Scottish Leaving Certificate Examination, 1952
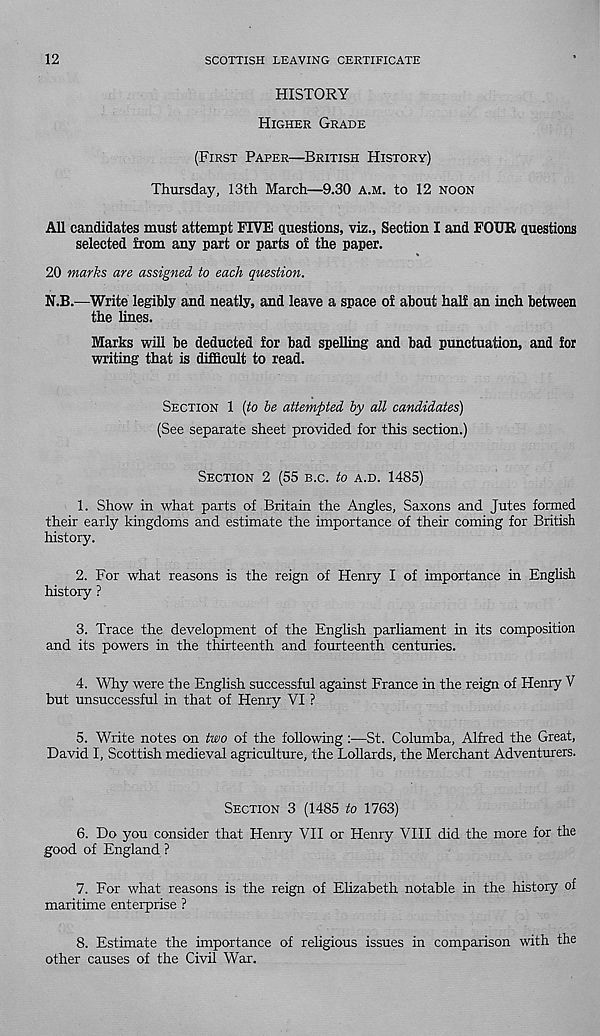
12
SCOTTISH LEAVING CERTIFICATE
HISTORY
HIGHER GRADE
(FIRST PAPER—BRITISH HISTORY)
Thursday, 13th March—9.30 A.M. to 12 NOON
All candidates must attempt FIVE questions, viz., Section I and FOUR questions
selected from any part or parts of the paper.
20 marks are assigned to each question.
N.B.—Write legibly and neatly, and leave a space of about half an inch between
the lines.
Marks will be deducted for bad spelling and bad punctuation, and for
writing that is difficult to read.
SECTION 1 [to be attempted by all candidates)
(See separate sheet provided for this section.)
SECTION 2 (55 B.C. to A.D. 1485)
1. Show in what parts of Britain the Angles, Saxons and Jutes formed
their early kingdoms and estimate the importance of their coming for British
history.
2. For what reasons is the reign of Henry I of importance in English
history ?
3. Trace the development of the English parhament in its composition
and its powers in the thirteenth and fourteenth centuries.
4. Why were the English successful against France in the reign of Henry V
but unsuccessful in that of Henry VI ?
5. Write notes on two of the following :—St. Columba, Alfred the Great,
David I, Scottish medieval agriculture, the Lollards, the Merchant Adventurers.
SECTION 3 (1485 to 1763)
6. Do you consider that Henry VII or Henry VIII did the more for the
good of England ?
7. For what reasons is the reign of Elizabeth notable in the history of
maritime enterprise ?
8. Estimate the importance of religious issues in comparison with the
other causes of the Civil War.